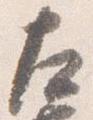
左